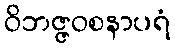
ဝိဘဇ္ဇဝစနာပရံ